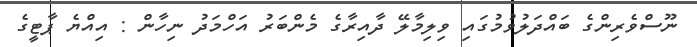
ނޫސްވެރިންގެ ބައްދަލުވުމުގައި ވިލިމާލޭ ދާއިރާގެ މެންބަރު އަހްމަދު ނިހާން : އިއްޔެ ޕާޓީގެ